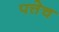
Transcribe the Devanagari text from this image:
पत्तेच